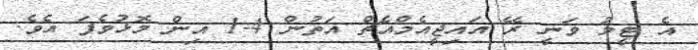
އެ ޓީމު ވަނީ ރޭ އައިޖީއެމްއެޗް އަތުން 4-1 އިން މޮޅުވެފަ އެވެ.